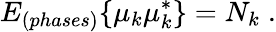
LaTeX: E_{(phases)}\{ \mu_{k}\mu_{k}^{\ast}\} =N_{k}\; .